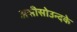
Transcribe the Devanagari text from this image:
असीसोउन्दके